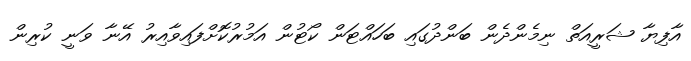
އާފިޔާ ޝަރީއަތް ނިމެންދެން ބަންދުގައި ބަހައްޓަން ކޯޓުން އަމުރުކޮށްފައިވާއިރު އޭނާ ވަނީ ކުރިން